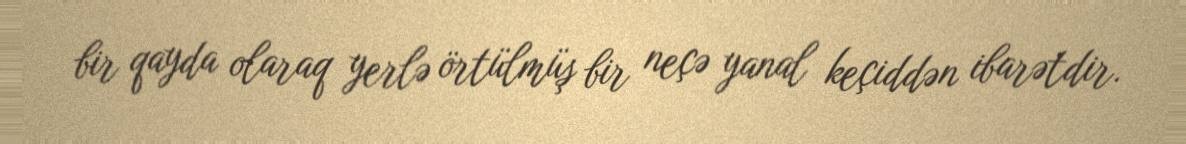
bir qayda olaraq yerlə örtülmüş bir neçə yanal keçiddən ibarətdir.